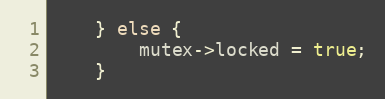
Language: C++
    } else {
        mutex->locked = true;
    }